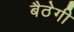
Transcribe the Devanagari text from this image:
बैठेगी